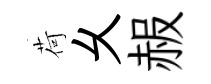
荷乆赧